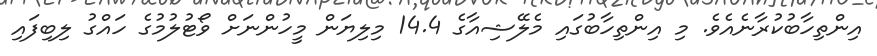
އިންތިހާބުކުރާނެއެވެ. މި އިންތިހާބުގައި މެލޭޝިއާގެ 14.4 މިލިޔަން މީހުންނަށް ވޯޓުލުމުގެ ހައްގު ލިބިފައި